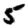
Digit: 5